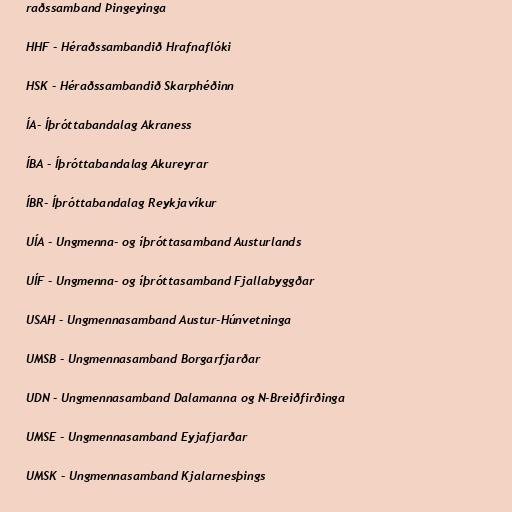
raðssamband Þingeyinga

HHF - Héraðssambandið Hrafnaflóki

HSK - Héraðssambandið Skarphéðinn

ÍA- Íþróttabandalag Akraness

ÍBA - Íþróttabandalag Akureyrar

ÍBR- Íþróttabandalag Reykjavíkur

UÍA - Ungmenna- og íþróttasamband Austurlands

UÍF - Ungmenna- og íþróttasamband Fjallabyggðar

USAH - Ungmennasamband Austur-Húnvetninga

UMSB - Ungmennasamband Borgarfjarðar

UDN - Ungmennasamband Dalamanna og N-Breiðfirðinga

UMSE - Ungmennasamband Eyjafjarðar

UMSK - Ungmennasamband Kjalarnesþings